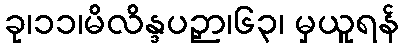
ခု၊၁၁၊မိလိန္ဒပဉှာ၊၆၃၊ မှယူရန်